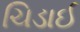
ચિડાઈ